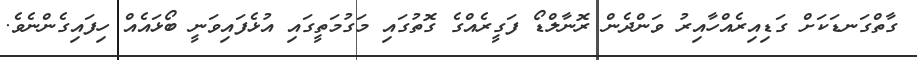
ގާތްގަނޑަކަށް ގަޑިއިރެއްހާއިރު ވަންދެން ރޮނާލްޑޯ ފަގީރެއްގެ ގޮތުގައި މަގުމަތީގައި އުޅެފައިވަނީ ބޯޅައެއް ހިފައިގެންނެވެ.